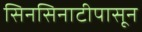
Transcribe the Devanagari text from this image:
सिनसिनाटीपासून